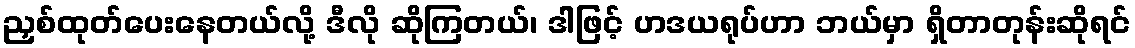
ညှစ်ထုတ်ပေးနေတယ်လို့ ဒီလို ဆိုကြတယ်၊ ဒါဖြင့် ဟဒယရုပ်ဟာ ဘယ်မှာ ရှိတာတုန်းဆိုရင်